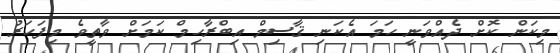
މިކަން ކޮށް ދެއްވަނީ ހަމަ އެކަނި ޤާސިމް އިބްރާހިމް ކަމަށް ވާތީވެ މިފަހަރު